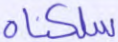
سلكناه